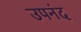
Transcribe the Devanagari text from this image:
उपनंद